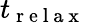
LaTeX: t_{\mathrm{~r~e~l~a~x~}}